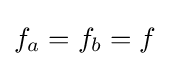
f_{a}=f_{b}=f